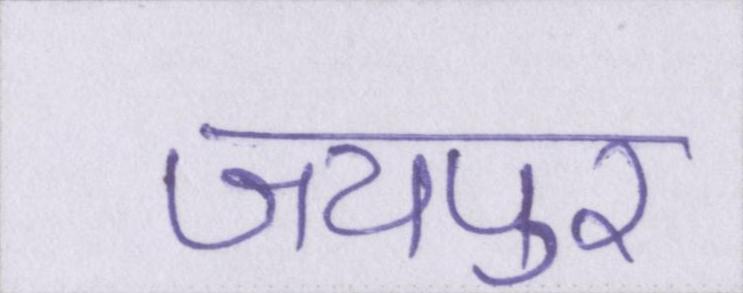
जयपुर